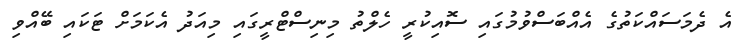
އެ ދެމަސައްކަތުގެ އެއްބަސްވުމުގައި ސޮއިކުރީ ހެލްތު މިނިސްޓްރީގައި މިއަދު އެކަމަށް ޓަކައި ބޭއްވި